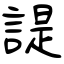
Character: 諟